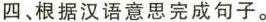
四、根据汉语意思完成句子.